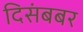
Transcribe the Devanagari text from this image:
दिसंबबर